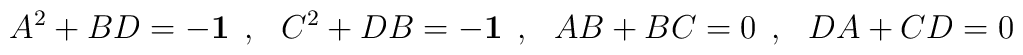
A^{2}+BD=-{\bf{1}} \:\: , \:\:\:C^{2}+DB=-{\bf{1}} \:\: , \:\:\: AB+BC=0 \:\: , \:\:\: DA+CD=0